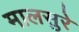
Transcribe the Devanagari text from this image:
मालसुरे